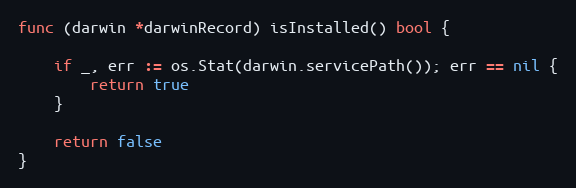
Language: Go
func (darwin *darwinRecord) isInstalled() bool {

	if _, err := os.Stat(darwin.servicePath()); err == nil {
		return true
	}

	return false
}